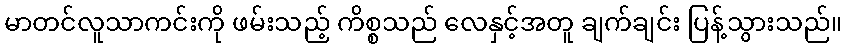
မာတင်လူသာကင်းကို ဖမ်းသည့် ကိစ္စသည် လေနှင့်အတူ ချက်ချင်း ပြန့်သွားသည်။